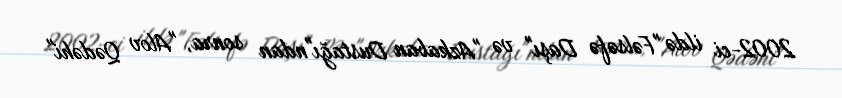
2002-ci ildə "Fəlsəfə Daşı" və "Azkaban Dustağı"ndan sonra, "Alov Qədəhi"